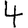
Digit: 4